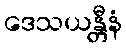
ဒေသယန္တီနံ